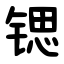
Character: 锶